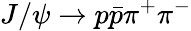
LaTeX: J/\psi\to p\bar{p}\pi^{+}\pi^{-}